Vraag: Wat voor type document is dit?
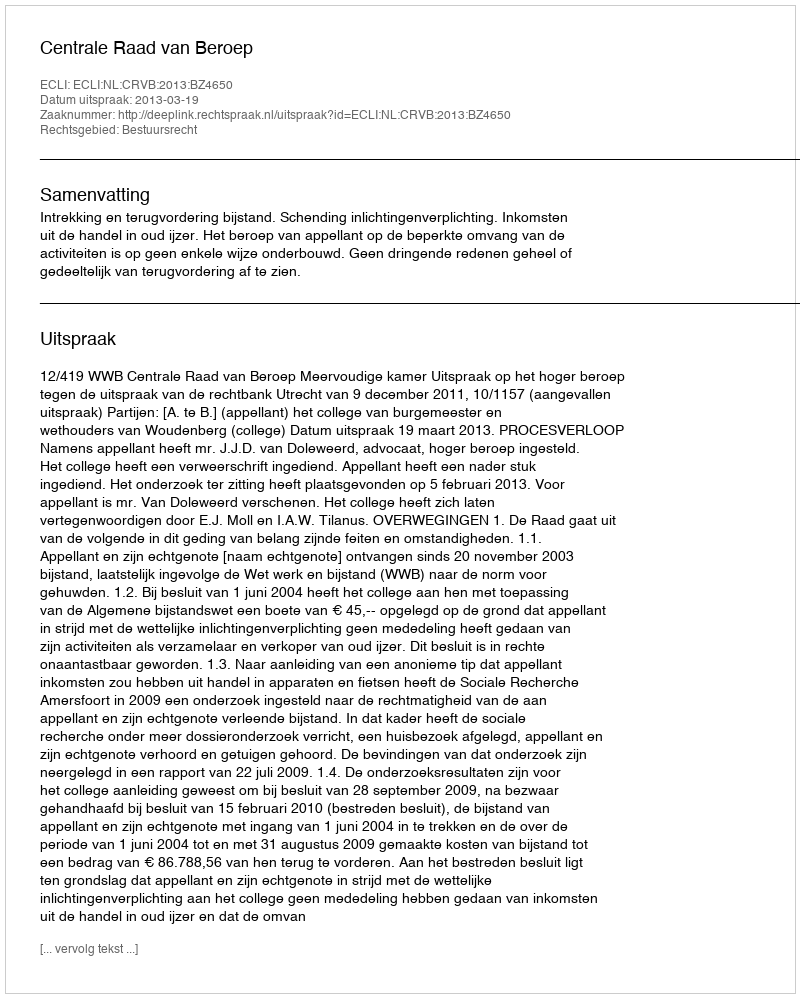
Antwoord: Uitspraak